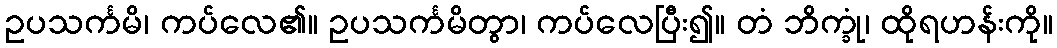
ဥပသင်္ကမိ၊ ကပ်လေ၏။ ဥပသင်္ကမိတွာ၊ ကပ်လေပြီး၍။ တံ ဘိက္ခုံ၊ ထိုရဟန်းကို။